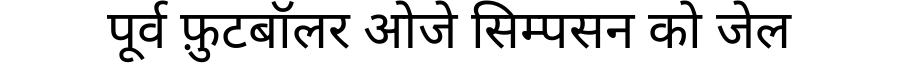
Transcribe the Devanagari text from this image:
पूर्व फ़ुटबॉलर ओजे सिम्पसन को जेल